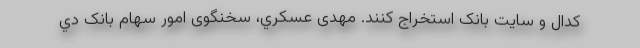
کدال و سایت بانک استخراج کنند. مهدی عسكري، سخنگوی امور سهام بانک دي